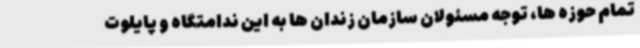
تمام حوزه ها، توجه مسئولان سازمان زندان ها به این ندامتگاه و پایلوت